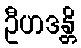
ဦဟဒန္တိ